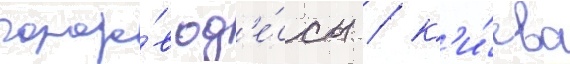
городо́в од'е́ссы / к'и́ева